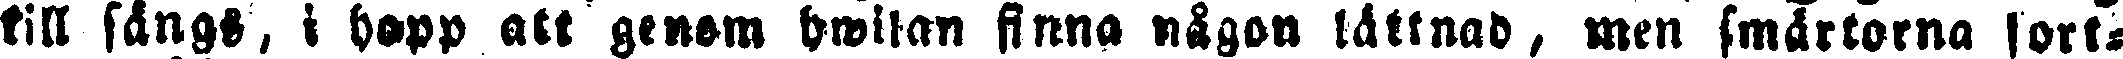
till sängs, i hopp att genom hwilan finna någon lättnad, men smärtorna fort-